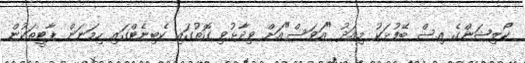
ކޯލިޝަންގެ އިސް ބޭފުޅަކު މިއަދު "އަވަސް"އަށް ވިދާޅުވި ގޮތުގައި ކެބިނެޓްގައި ހިމަނަން ޕާޓީތަކުން